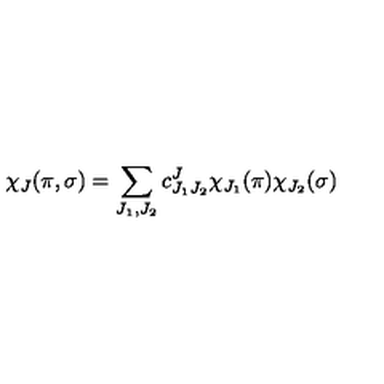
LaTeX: \chi _ { J } ( \pi , \sigma ) = \sum _ { J _ { 1 } , J _ { 2 } } c _ { J _ { 1 } J _ { 2 } } ^ { J } \chi _ { J _ { 1 } } ( \pi ) \chi _ { J _ { 2 } } ( \sigma )